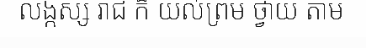
លង្កស្ស រាជ ក៏ យល់ព្រម ថ្វាយ តាម